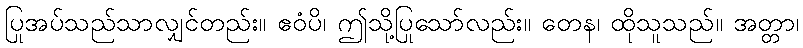
ပြုအပ်သည်သာလျှင်တည်း။ ဧဝံပိ၊ ဤသို့ပြုသော်လည်း။ တေန၊ ထိုသူသည်။ အတ္တာ၊